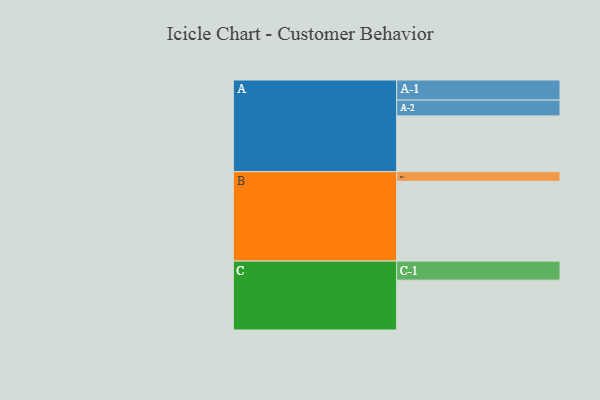
{"axis": {"x": "Segment", "y": "Value"}, "legend": ["", "A", "B", "C"], "data": [{"x": "A", "y": 419, "type": ""}, {"x": "B", "y": 600, "type": ""}, {"x": "C", "y": 375, "type": ""}, {"x": "A-1", "y": 151, "type": "A"}, {"x": "A-2", "y": 119, "type": "A"}, {"x": "B-1", "y": 73, "type": "B"}, {"x": "C-1", "y": 143, "type": "C"}]}